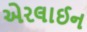
એરલાઈન